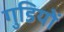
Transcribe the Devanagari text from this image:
गुडियों